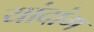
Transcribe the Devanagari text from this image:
यांदांग